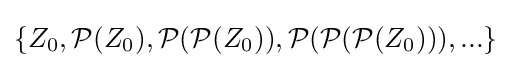
\{Z_{0},{\mathcal {P}}(Z_{0}),{\mathcal {P}}({\mathcal {P}}(Z_{0})),{\mathcal {P}}({\mathcal {P}}({\mathcal {P}}(Z_{0}))),...\}